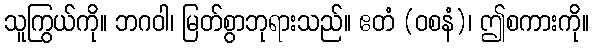
သူကြွယ်ကို။ ဘဂဝါ၊ မြတ်စွာဘုရားသည်။ ဧတံ (ဝစနံ)၊ ဤစကားကို။